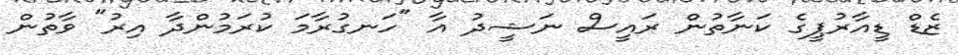
ޒެޑް ޑީއާރުޕީގެ ކަނާތުން ރައީސް ނަޝީދު އާ "ހަނގުރާމަ ކުރަމުންދާ އިރު" ވާތުން